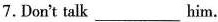
7.Don't talk__him.